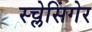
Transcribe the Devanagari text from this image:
स्च्लेसिंगेर